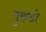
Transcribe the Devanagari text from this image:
मुरुडी